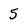
Character: 5